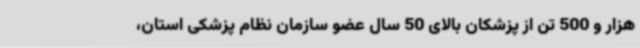
هزار و 500 تن از پزشکان بالای 50 سال عضو سازمان نظام پزشکی استان،